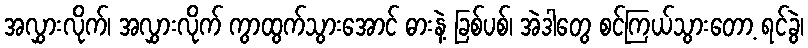
အလွှားလိုက်၊ အလွှားလိုက် ကွာထွက်သွားအောင် ဓားနဲ့ ခြစ်ပစ်၊ အဲဒါတွေ စင်ကြယ်သွားတော့ ရင်ခွဲ၊